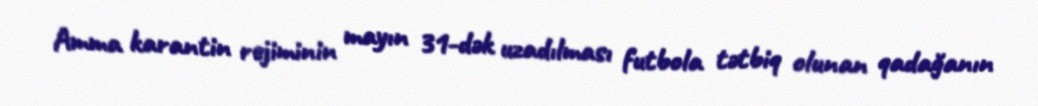
Amma karantin rejiminin mayın 31-dək uzadılması futbola tətbiq olunan qadağanın